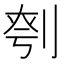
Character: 𪟉